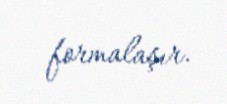
formalaşır.